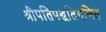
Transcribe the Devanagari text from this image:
श्रीपतिपद्धतिगणित